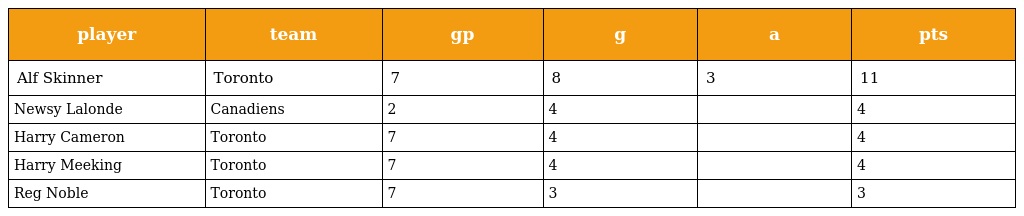
| player | team | gp | g | a | pts |
 | --- | --- | --- | --- | --- | --- |
 | Alf Skinner | Toronto | 7 | 8 | 3 | 11 |
 | Newsy Lalonde | Canadiens | 2 | 4 |  | 4 |
 | Harry Cameron | Toronto | 7 | 4 |  | 4 |
 | Harry Meeking | Toronto | 7 | 4 |  | 4 |
 | Reg Noble | Toronto | 7 | 3 |  | 3 |